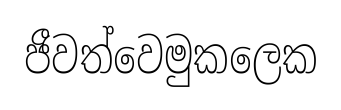
ජීවත්වෙමුකලෙක